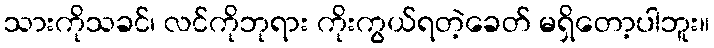
သားကိုသခင်၊ လင်ကိုဘုရား ကိုးကွယ်ရတဲ့ခေတ် မရှိတော့ပါဘူး။